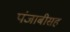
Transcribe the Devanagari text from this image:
पंजाबीसह